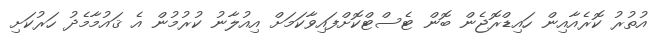
އުތުރު ކޮރެއާއިން ހައިޑްރޮޖެން ބޮން ޓެސްޓްކޮށްފައިވާކަމަށް އިއުލާނު ކުރުމުން އެ ޤައުމާމެދު ހަރުކަށި